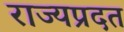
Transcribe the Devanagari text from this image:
राज्यप्रदत